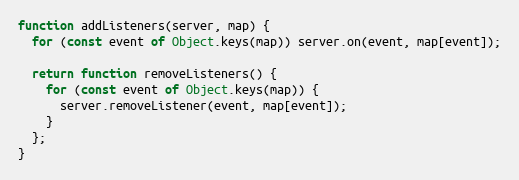
Language: JavaScript
function addListeners(server, map) {
  for (const event of Object.keys(map)) server.on(event, map[event]);

  return function removeListeners() {
    for (const event of Object.keys(map)) {
      server.removeListener(event, map[event]);
    }
  };
}